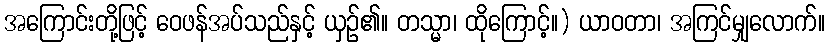
အကြောင်းတို့ဖြင့် ဝေဖန်အပ်သည်နှင့် ယှဉ်၏။ တသ္မာ၊ ထိုကြောင့်။) ယာဝတာ၊ အကြင်မျှလောက်။